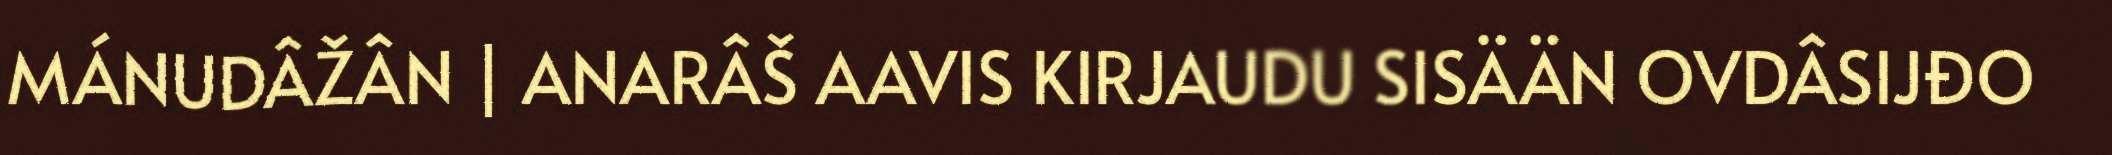
MÁNUDÂŽÂN | ANARÂŠ AAVIS KIRJAUDU SISÄÄN OVDÂSIJĐO